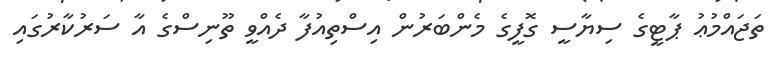
ތަޖައްމުޢު ޕާޓީގެ ސިޔާސީ ގޮފީގެ މެންބަރުން އިސްތިއުފާ ދެއްވީ ތޫނިސްގެ އާ ސަރުކާރުގައި